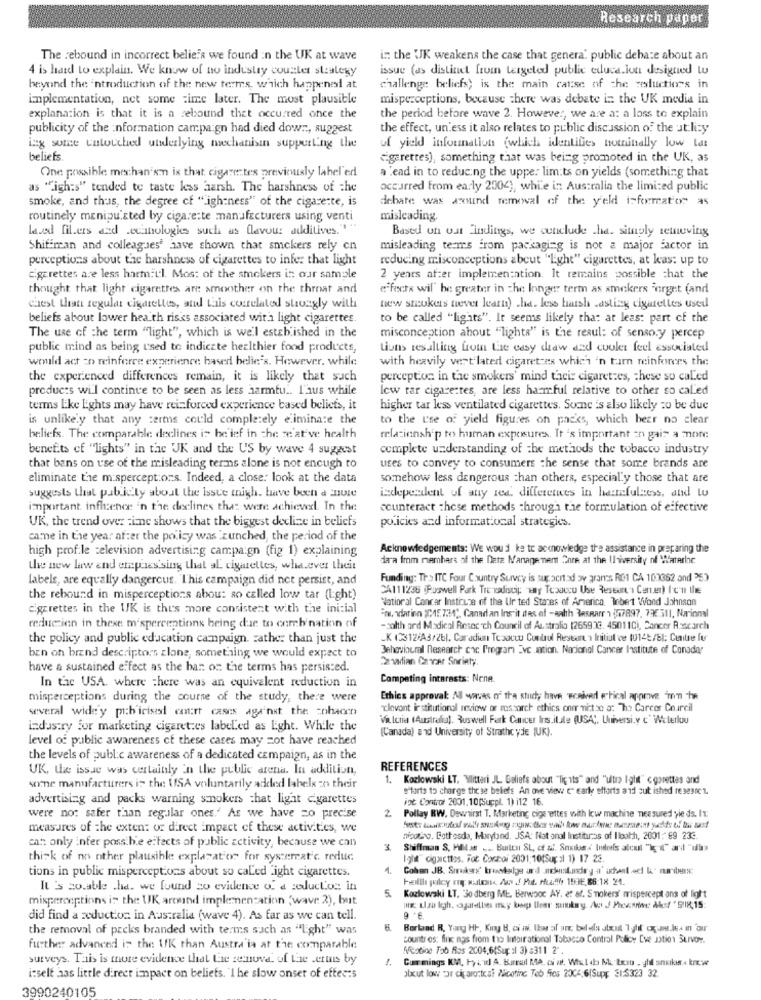
Research paper
The rebound in incorrect beliefs we found in the UK at wave
in the UJK weakens the case that genera' public debate about an
4 is hard to explain. We know of no industry counter strategy
issue (as distinct frui targeted public education designed Lu
beyond the introduction of the new terms, which happenes at
challenge beliefs; is the main cause of the zesluctions in
implementation, net some time later. The most plausible
misperceptions, because there was debate in the UK media in
explanation is that it is a rebound that occurred once the
the period before wave 2. However, we are a: a loss to explain
publicity of the information campaign had died down, suggest
the effect, un'ess it also relates to public discussion of the utility
ing some untouched utwlerlying mechanisin supporting the
of yield information (which identifies hotnittally low Lat
beliefs.
cigarettes), something that was being promoted in the UK, as
lead in to reducing the uppe: lim:ts on yields (something that
One possible mechanism is that cigarettes previously lahel'er
as "igh:s" tended to taste less harsh. The harshness of the
occurred from early 2004), while in Australia the limited public
smoke, and thus, the degree cf "igh ness" of the cigarette, is
debate was around removal of the yield informator as
routinely manipu sted by cigarette manufacturers using venti
misleading.
laved filers and wecanologies such as flavour additives. ""
Based on wat Findings, we conclude .he. simply temneving
Shiffman and colleagues' have shown that smokers rely cn
misleading terms from packaging is not a major factor in
perceptions about the harshness of cigarettes to infer that light
reducing misconceptions about "Light" cigarettes, at kas: up to
cigarettes are less harm:Ll. Most of the smokers in our sample
2 years af:er implementation. It remains possible that the
thought that light cigarettes are smoother on the throat and
effects wil be greater in che longer term as smokers jorget (and
chest than regular cigarettes, and tais correlated struggly with
new smokers never learn) .he. less haush casting cigarettes usedl
beliefs about lower health risks associated with light cigarettes.
to be called "lights". It seems likely that at least part of the
The use of the term "light", which is well established in the
misconception about "lights" is the resul: of sensory percep
public mind as being used to indicate healthier food products,
Lions resulting from Le casy daw dad cooler feel associated
would act zo reinforce experience based belle's. However, while
with heavily vert'lated cigaret-es which 'n turn reinforces the
the experienced differences remain, it is likely that such
perception in the smokers' mind taciz cigaretzes, these so called
products will continue to be seen as less harmtu .. I'aus while
low tar cigarettes, are less harmful relative to other so called
terms Lke Lights may have reinforced experience based beliefs, it
higher tar less ventilated cigarettes. Some is also likely to be due
is unlikely that any terms could completely eliminate the
to the L'se of yield figures on packs, which beer no clear
beliefs. The comparable declines is he ief in che we at've health
relationship to human exposures. It's important an gai- a more
benefits cf "lights" in the UK and the US by wave 4 suggest
complete understanding of the methods the tobacco industry
that bans on use of the misleading terms alone is not encugh to
uses to convey to consumers the sense that some brands are
eliminate the misperceptions. Indeed, a close: look at the data
somehow less dangerous chan others, especially those that are
suggests that publicly about the issue migh. have been a Envie
independent of any red differences in heimfulness, and tu
important influence 'n the declines that were achiewxl. In the
counteract these methods through the formulation of effective
UK, the trend over sine shows that the biggest decline in beliefs
policies and informational strategies.
came in the year after the policy was 'zunched, the period of the
high prof.le television advertising campaign (fig 1) explaining
Acknowledgements: We woud ke to acknowledge the assistance in preparing the
dara fmm members of the Data Management Core at the University of Waterle
the new law and empressing that al cigarettes, who ever their
labels, are equally dangercus. This campaign did not persist, and
Funding: Tr> ITC Four Country Survey is supocit ad av grams RO1 CA 100362 and 353
CA111236 Poowell Park Tre wdiscip why Tesoccu Use Reseuni Center) I'c'n Ille
the rebound in misperceptions abou: so called low tar (light)
Natioral Cancer Institute of the Ur ted States of America, lobet Wond Johnson
cigarettes in the UK is thus more consistent with the inicial
"n. viation (C15.7.34", Canadan Ins it itas of -aahh Besparr $47897. 73.311, Narional
reduczien in these misperceptions being due to combination of
-salth ard Madical Resac "ch Council of Australia (265933. 45011Ci, Cancer Rescarch
the policy and public education campaign. rather than just the
-K (3312/A3/26). Caradiun Texact Control Researti Initial ce 10148/81: Centre fu
Behavioural Research coc Program Evc .ation. Nacional Cancer Institute of Conadar
bcn on brand descriptors zlone, something we would expect to
22 wilian Cancer Society
have a sustained effect as the ban on the terms has persisted.
In the USA. where there was an equivalent reduction in
Competing interests: None
misperceptions during the course of the study, there were
Ethics approval: All waves of the study have woniverl ertical approve "nem -he
several wide'y pib'icised court cases against the =nhacen
"clovont institutional review of rossorch ethics oner mit se a: "The Career Courcil
Valeria (Australia). Ruswell Fark Cancer Ins.itule (USA), Universi.y c' Waterluu
industry for marketing cigaret:es labeled as Light. While the
(Canada) and University of Strathcyde JUK).
level of public awareness of these cases may cot have reached
the levels of public awareness of a dedicated campaign, as in the
UK, the issue was certainly in the public arena. In addition,
REFERENCES
1. Kozlowski LT. "litteri JL Beliefs about "ligits" and "ultra Ighit" gorettes and
some manufacturers is the USA voluntarily added labels in their
#Hlarts to charge the se beliefs An ove view " early efforts and sul ished re 3e3ne z.
advertising and packs warning smokers that ligat cigarettes
ist Contror 2001.10(Suppl. 1) i12 16.
2
were no: safer than regular ones." As we have =o precise
Pollay RW. Dewirst T. Marketing cigarettes with Icw machine nes sured yie ds. IT.
measures of the extent of direct impact of these activities, we
can only infer possible effects of public activity, because we can
nicobro. Bottesda, Maryland. JSA: Nat onal Institutos of Ilooth, 2001: 69 236.
3
thick of no other plausible: explanation for systemat'c. reduc
Ight" cigacttes. Fot Corpoi 2001:10(Sup :l 1) 17 23.
tions in public misperceptions about so caLed light cigarettes.
Helll paley m Hlens. A J Pt. Ha !! 153E,86:18 24.
It's so.able .he. we found so evidence of a soductos in
5.
misperceptions is the UK around implementation "wave: 2), but
Kozlowski LT. 30 dberg ME, Barwooc AY, et af. Smokers' rrispercept ons of light
9. 6
did find a reduction in Australia (wave 4). As far as we can tell.
the removal of packs branded with terms such as "light" was
8. Bortand R, Yang HI, Kiny B. ca wi. Ihow af anc beleis stout Tophil omg.les in our
countres: fine nas from to Intairational Tobacco Control Policy Eve Jation SLIVOY.
further advanced is the UK than Austra'is at the comparable
Afestino Too Ros 2004,6(Sup :1 3) #311 2"
surveys. This is more evidence that Le semnove. of the terms by
7. Cummings KM, Hyund A. Barrel MA. ci at. Whldb Mu tesu . ght snobis . krew
olxut low por citarortesi Nicotine Teb fies 2004 6|Supp 21:$323 32.
itself aas little direct impact on beliefs. "I he slow onset of efter:s
3990240105